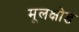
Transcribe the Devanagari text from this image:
मूलक्षोड